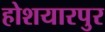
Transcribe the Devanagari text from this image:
होशयारपुर